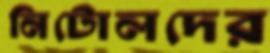
নিটোলদের